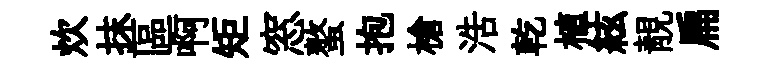
炊抹區啊矩窓螯抱槍浩乾植絃靚扁